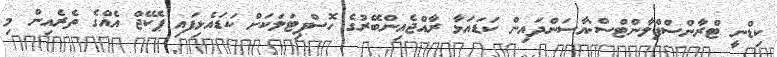
ކިޑްނީ ޓްރާންސްޕްލާންޓްސް:އާސަންދައިން ކަޑައަޅާ ރާއްޖެއިންބޭރުގެ ހޮސްޕިޓަލަކަށް ކަޑައެޅިފައި ޕެކޭޖް އެއްގެ ތެރެއިން މި